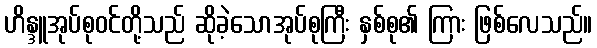
ဟိန္ဒူအုပ်စုဝင်တို့သည် ဆိုခဲ့သောအုပ်စုကြီး နှစ်စု၏ ကြား ဖြစ်လေသည်။